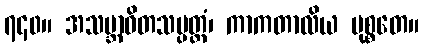
၇၄၀။ အသမ္ဘာဝိတသမ္ပတ္တံ၊ ကာကတာလိယ မုစ္စတေ။